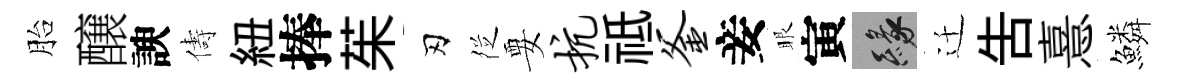
胎醸諛儔紐捧茱刃徔要抗祗釜妾眼寅緣迁吿憙鱗